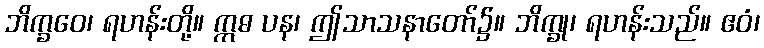
ဘိက္ခဝေ၊ ရဟန်းတို့။ ဣဓ ပန၊ ဤသာသနာတော်၌။ ဘိက္ခု၊ ရဟန်းသည်။ ဧဝံ၊